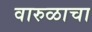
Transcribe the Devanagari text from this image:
वारुळाचा